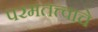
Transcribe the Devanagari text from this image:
परमतत्त्वाचे